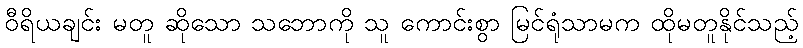
ဝီရိယချင်း မတူ ဆိုသော သဘောကို သူ ကောင်းစွာ မြင်ရုံသာမက ထိုမတူနိုင်သည့်